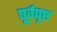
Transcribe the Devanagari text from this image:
पूर्वपृष्ठ